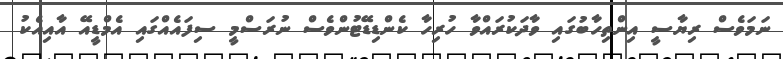
ނަމަވެސް ރިޔާސީ އިންތިހާބުގައި ވާދަކުރައްވާ ހުރިހާ ކެންޑިޑޭޓުންވެސް ނުރަސްމީ ސިފައެއްގައި އެމްޑީއޭ އާއިއެކު